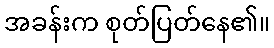
အခန်းက စုတ်ပြတ်နေ၏။